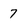
Character: 7